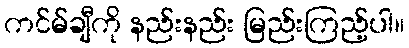
ကင်မ်ချီကို နည်းနည်း မြည်းကြည့်ပါ။